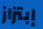
إبتزاز